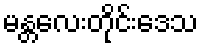
မန္တလေးတိုင်းဒေသ